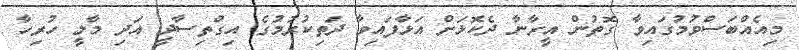
މިއެއްބަސްވުމުގައިވާ ގޮތުން އީރާނާ ދެކޮޅަށް އަޅާފައިވާ ދަތިކުރުމުގެ އިގްތިސާދީ އަދި މާލީ ހުރިހާ